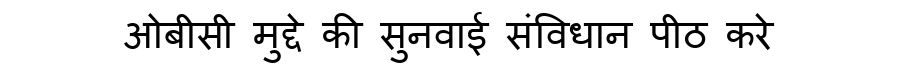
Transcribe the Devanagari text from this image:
ओबीसी मुद्दे की सुनवाई संविधान पीठ करे